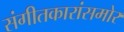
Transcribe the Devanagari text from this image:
संगीतकारांसमोर